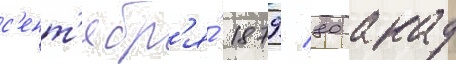
с'ент'ябр'я́ 1879/ 80 акад